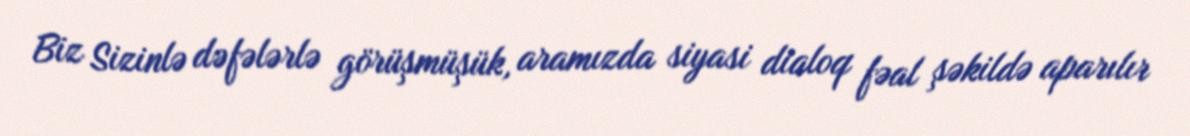
Biz Sizinlə dəfələrlə görüşmüşük, aramızda siyasi dialoq fəal şəkildə aparılır